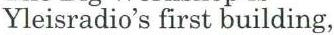
Yleisradio's first building,